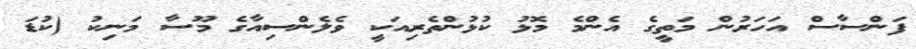
ފަންސާސް އަހަރުން މަތީގެ އެންމެ މޮޅު ކުޅުންތެރިއަކީ ވެލެންސިއާގެ މޫސާ މަނިކު (ކުޑަ